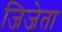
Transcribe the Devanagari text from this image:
जिजेता